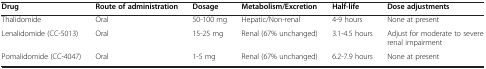
<table><thead><tr><td><b>Drug</b></td><td><b>Route of administration</b></td><td><b>Dosage</b></td><td><b>Metabolism/Excretion</b></td><td><b>Half-life</b></td><td><b>Dose adjustments</b></td></tr></thead><tbody><tr><td>Thalidomide</td><td>Oral</td><td>50-100 mg</td><td>Hepatic/Non-renal</td><td>4-9 hours</td><td>None at present</td></tr><tr><td>Lenalidomide (CC-5013)</td><td>Oral</td><td>15-25 mg</td><td>Renal (67% unchanged)</td><td>3.1-4.5 hours</td><td>Adjust for moderate to severe renal impairment</td></tr><tr><td>Pomalidomide (CC-4047)</td><td>Oral</td><td>1-5 mg</td><td>Renal (67% unchanged)</td><td>6.2-7.9 hours</td><td>None at present</td></tr></tbody></table>